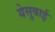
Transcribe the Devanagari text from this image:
येसुबाई